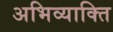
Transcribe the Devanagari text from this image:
अभिव्याक्ति